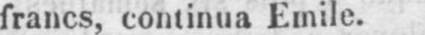
francs, continua Emile.